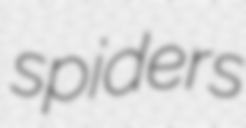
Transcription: spiders